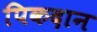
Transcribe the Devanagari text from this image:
पिकदान